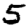
Digit: 5